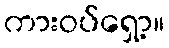
ကားဝပ်ရှော့။